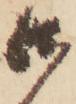
御